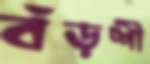
বঁড়শী